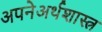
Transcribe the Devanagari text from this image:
अपनेअर्थशास्त्र